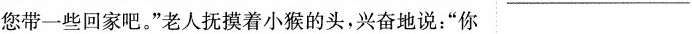
您带一些回家吧。”老人抚摸着小猴的头，兴奋地说：“你 ___